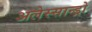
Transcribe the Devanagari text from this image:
अलेस्सान्ड्रो